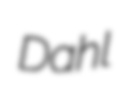
Dahl